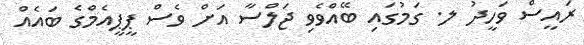
ރައީސް ވަހީދު ލ. ގަމުގައި ބޭއްވެވި ޖަލްސާ އަށް ވެސް ޕީޕީއެމްގެ ބައެއް